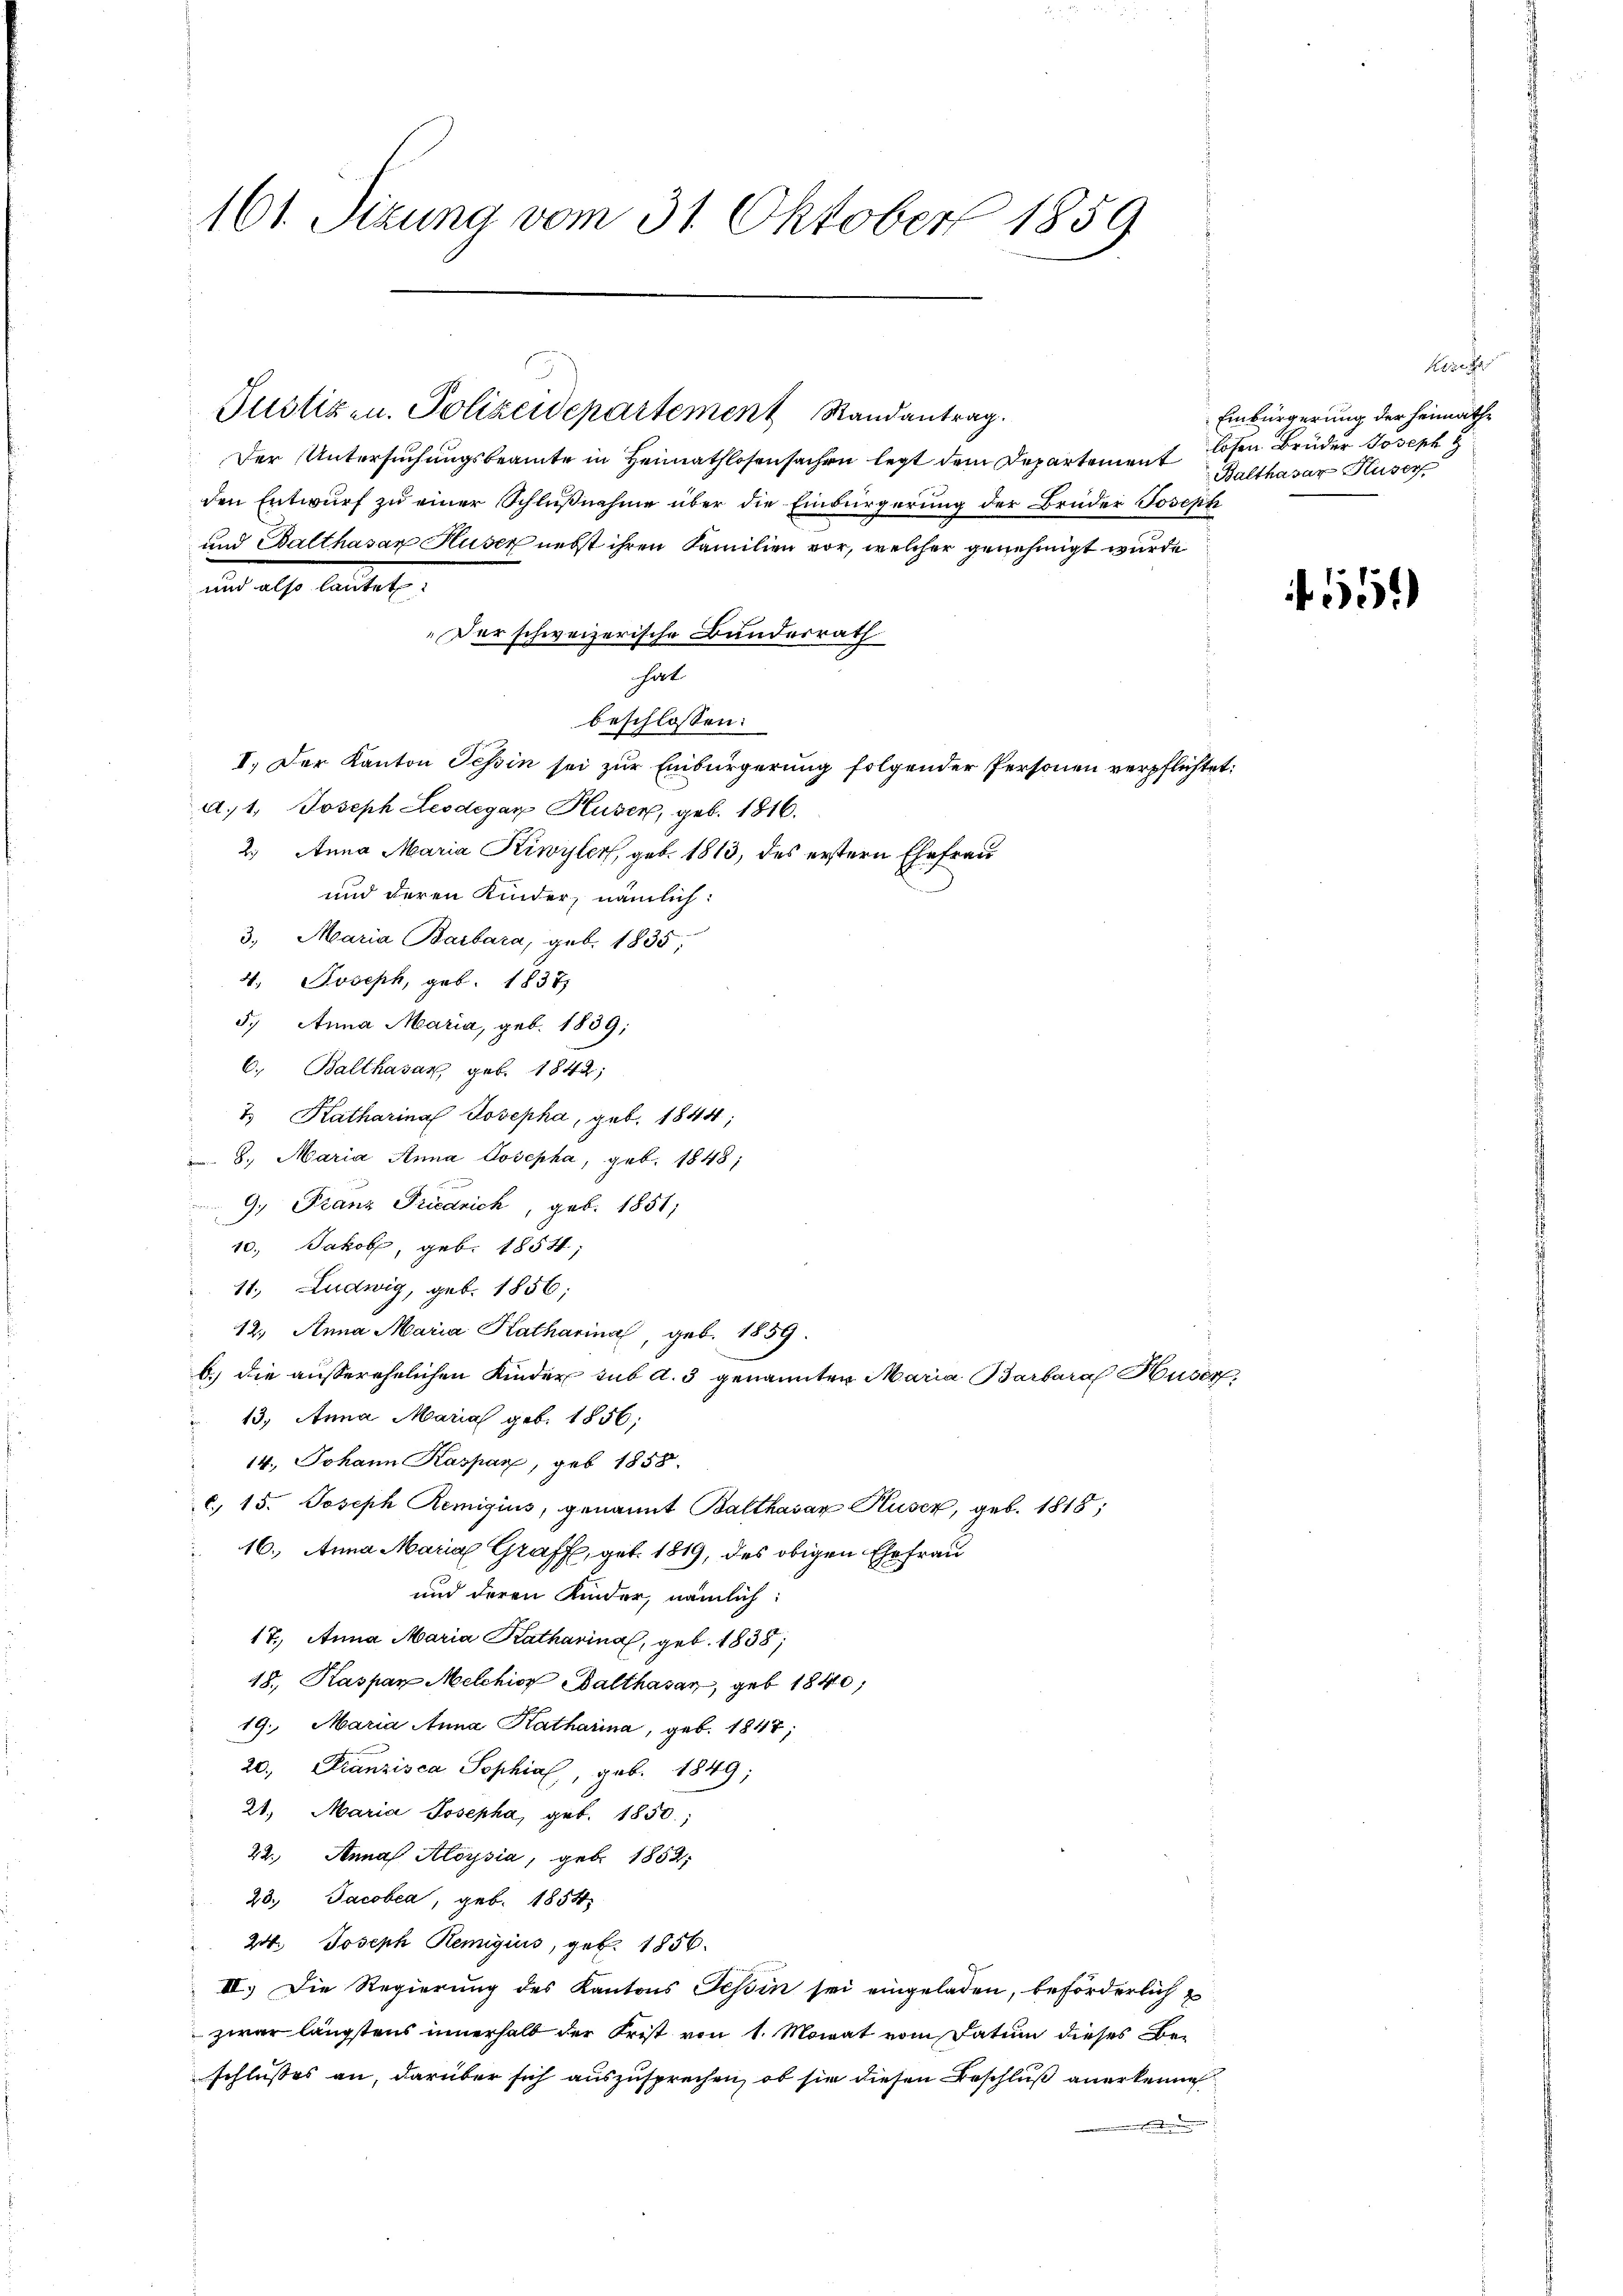
161. Sizung vom 31. Oktober 1859

Justizen. Polizeidepartement Randantrag.
Der Untersuchungsbeamte in Heimathlosensachen legt dem Departement losen Brüder Joseph
den Entwurf zu einer Schlußnahme über die Einbürgerung der Brüder Joseph
und Balthasar Huser nebst ihren Familien vor, welcher genehmigt wurde
beschlossen:
I. Der Kanton Tessin sei zur Einbürgerung folgender Personen verpflichtet:
a. 1. Joseph Leodegar Huser, geb. 1816.
2.) Anna Maria Kiwyler, geb. 1813, des erstern Ehefrau
und deren Kinder, nämlich:
3. Maria Barbara, geb. 1835,
4. Joseph, geb. 1837
5. Anna Maria, geb. 1839;
C. Balthasar geb. 1842;
2. Katharina Josepha, geb. 1844;
 8. Maria Anna Josepha, geb. 1848;
9, Franz Friedrich, geb. 1851;
10. Jakob, geb. 1854;
11, Ludwig, geb. 1856;
12. Anna Maria Katharina, geb. 1859.
b.) die ausserehelichen Kinder sub A. 3 genannten Maria Barbara Huser,
13. Anna Maria geb. 1856;
14. Johann Kaspar, geb. 1858.
. 15. Joseph Remigius, genannt Balthasar Huser, geb. 1818;
16. Anna Maria Graff, geb. 1819, des obigen Ehefrau
und deren Kinder, nämlich:
17., Anna Maria Katharina, geb. 1838,
18., Kaspar Melchior Balthasar, geb. 1840
19. Maria Anna Katharina, geb. 1847;
20. Franzisca Sophia, geb. 1849;
21. Maria Josepha, geb. 1850,
22. Annas Aloysia, geb. 1854;
23. Jacobea, geb. 1854
24. Joseph Remigius, geb. 1856.
II. Die Regierung des Kantons Tessin sei eingeladen, beförderlich
zwar längstens innerhalb der Frist von 1. Monat vom Datum dieses Beschlusses an, darüber sich auszusprechen, ob sie diesen Beschluß anerkenne
ehenden wenn ein

and als lautet

Der schweizerische Bunderrath

hat

Reze
Balthasar Huser

Einbürgerung der heimathe

550